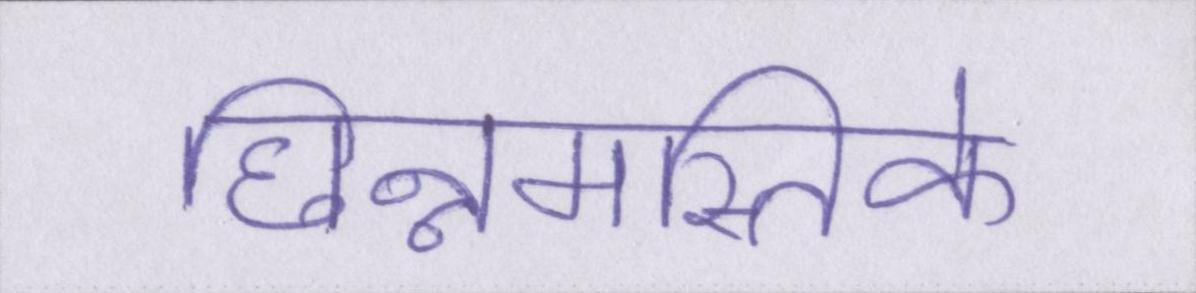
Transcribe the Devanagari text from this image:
छिन्नमस्तिके